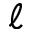
\ell